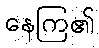
နေကြ၏